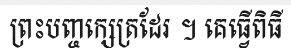
ព្រះបញ្ចក្សេត្រដែរ ។ គេធ្វើពិធី